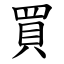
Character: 買